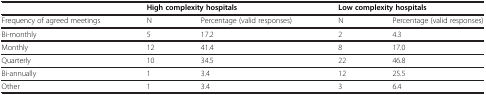
<table><thead><tr><td><b> </b></td><td colspan="2"><b>High complexity hospitals</b></td><td colspan="2"><b>Low complexity hospitals</b></td></tr></thead><tbody><tr><td>Frequency of agreed meetings</td><td>N</td><td>Percentage (valid responses)</td><td>N</td><td>Percentage (valid responses)</td></tr><tr><td>Bi-monthly</td><td>5</td><td>17.2</td><td>2</td><td>4.3</td></tr><tr><td>Monthly</td><td>12</td><td>41.4</td><td>8</td><td>17.0</td></tr><tr><td>Quarterly</td><td>10</td><td>34.5</td><td>22</td><td>46.8</td></tr><tr><td>Bi-annually</td><td>1</td><td>3.4</td><td>12</td><td>25.5</td></tr><tr><td>Other</td><td>1</td><td>3.4</td><td>3</td><td>6.4</td></tr></tbody></table>